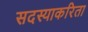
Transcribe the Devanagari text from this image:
सदस्याकरिता